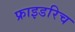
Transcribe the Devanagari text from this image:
फ्राइडरिच